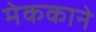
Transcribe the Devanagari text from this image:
मेककाने